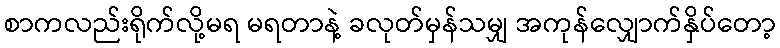
စာကလည်းရိုက်လို့မရ မရတာနဲ့ ခလုတ်မှန်သမျှ အကုန်လျှောက်နှိပ်တော့